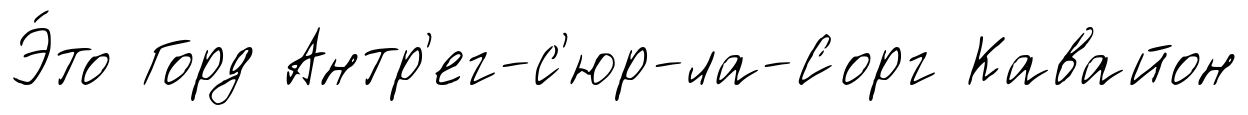
Э́то Горд Антр'ег-с'юр-ла-Сорг Кавайон